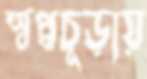
স্বপ্নচূড়ায়